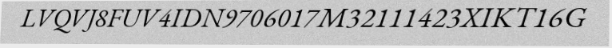
LVQVJ8FUV4IDN9706017M32111423XIKT16G